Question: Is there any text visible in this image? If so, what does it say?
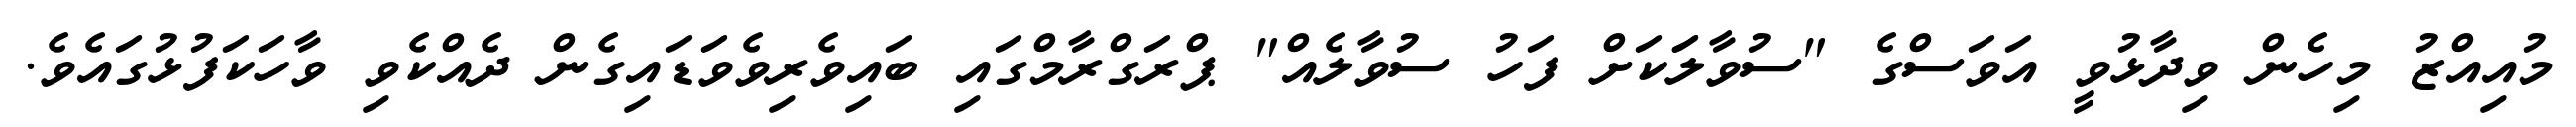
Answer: މުއިއްޒު މިހެން ވިދާޅުވީ އަވަސްގެ "ސުވާލަަކަށް ފަހު ސުވާލެއް" ޕްރަގްރާމްގައި ބައިވެރިވެވަޑައިގެން ދެއްކެވި ވާހަކަފުޅުގައެވެ.